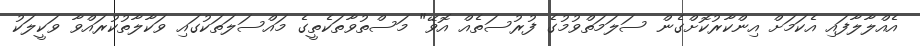
އެއްލާލާފައި އެކަމަށް އިންކާރުކޮށްގެން ސަލަމަތްވުމުގެ ފުރުސަތެއް އޮވޭ" މަސްތުވާތަކެތީގެ މައްސަލަތަކުގައި ވަކާލާތުކުރައްވާ ވަކީލަކު